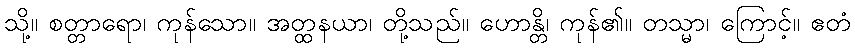
သို့။ စတ္တာရော၊ ကုန်သော။ အတ္ထနယာ၊ တို့သည်။ ဟောန္တိ၊ ကုန်၏။ တသ္မာ၊ ကြောင့်။ ဧတံ